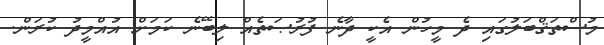
މުސްތަޤްބަލުގައި ދެ މީހުން އެކީ ދާނެ ފުރުޞަތެއް ލިބޭނެ ކަމަށް އުއްމީދު ކުރަން.